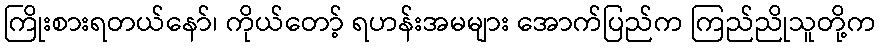
ကြိုးစားရတယ်နော်၊ ကိုယ်တော့် ရဟန်းအမများ အောက်ပြည်က ကြည်ညိုသူတို့က